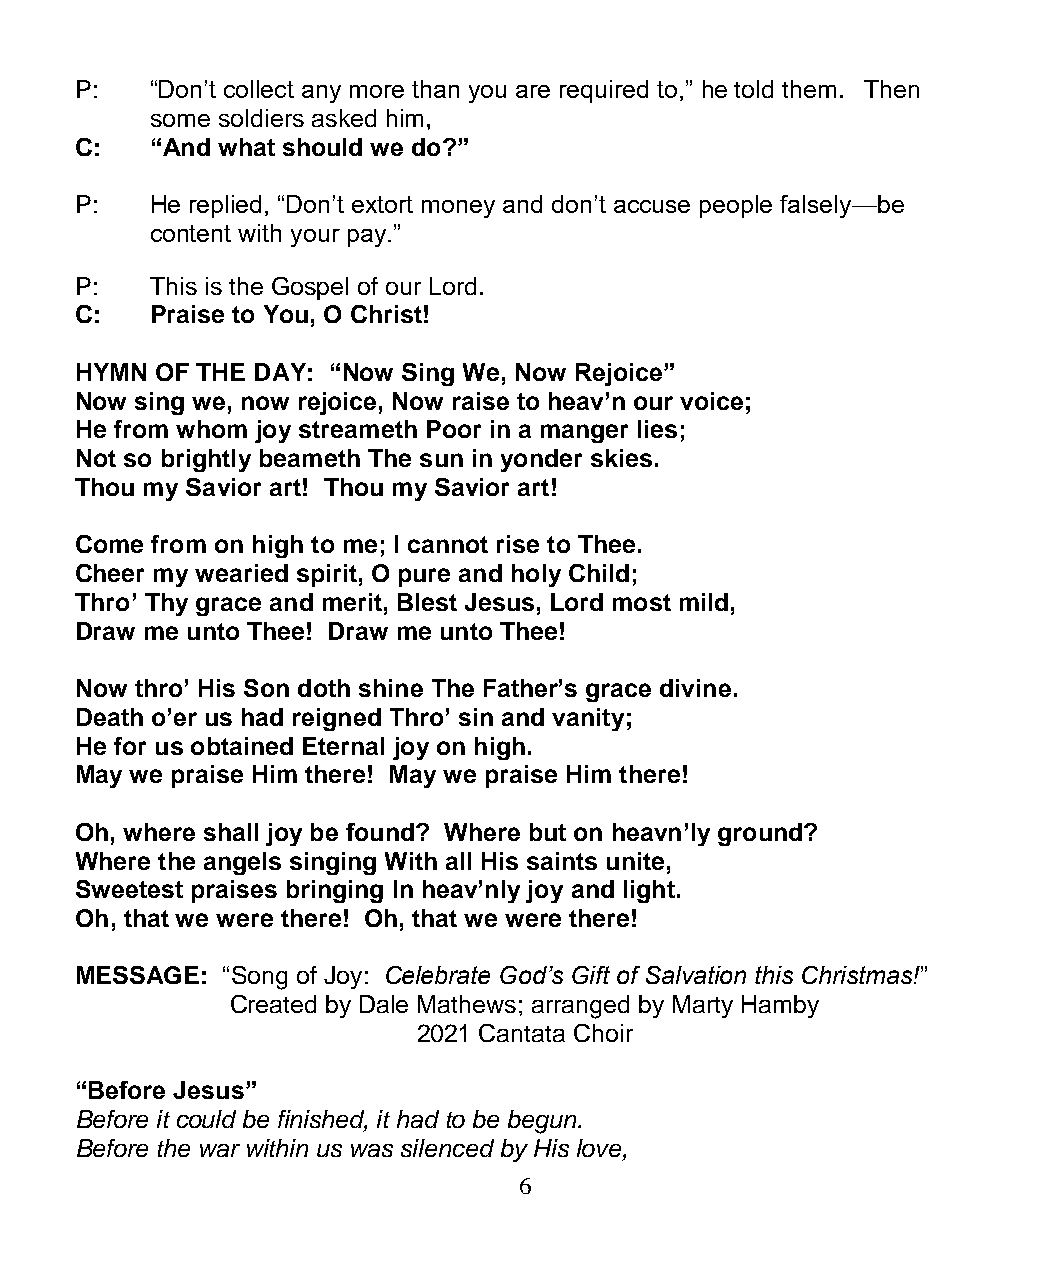
P:   “Don’t collect any more than you are required to,” he told them. Then
 some soldiers asked him,
 C:   “And what should we do?”
 P:   He replied, “Don’t extort money and don’t accuse people falsely—be
 content with your pay.”
 P:   This is the Gospel of our Lord.
 C:   Praise to You, O Christ!
 HYMN OF THE DAY: “Now Sing We, Now Rejoice”
 Now sing we, now rejoice, Now raise to heav’n our voice;
 He from whom joy streameth Poor in a manger lies;
 Not so brightly beameth The sun in yonder skies.
 Thou my Savior art! Thou my Savior art!
 Come from on high to me; I cannot rise to Thee.
 Cheer my wearied spirit, O pure and holy Child;
 Thro’ Thy grace and merit, Blest Jesus, Lord most mild,
 Draw me unto Thee! Draw me unto Thee!
 Now thro’ His Son doth shine The Father’s grace divine.
 Death o’er us had reigned Thro’ sin and vanity;
 He for us obtained Eternal joy on high.
 May we praise Him there! May we praise Him there!
 Oh, where shall joy be found? Where but on heavn’ly ground?
 Where the angels singing With all His saints unite,
 Sweetest praises bringing In heav’nly joy and light.
 Oh, that we were there! Oh, that we were there!
 MESSAGE:  “Song of Joy: Celebrate God’s Gift of Salvation this Christmas!”
 Created by Dale Mathews; arranged by Marty Hamby
 2021 Cantata Choir
 “Before Jesus”
 Before it could be finished, it had to be begun.
 Before the war within us was silenced by His love,
 6